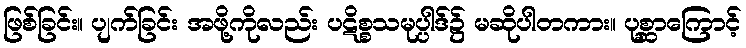
ဖြစ်ခြင်း။ ပျက်ခြင်း အဖို့ကိုလည်း ပဋိစ္စသမုပ္ပါဒ်၌ မဆိုပါတကား။ ပုစ္ဆာကြောင့်